Indian journal of veterinary science and animal husbandry - Volume 4,
Year: 1934
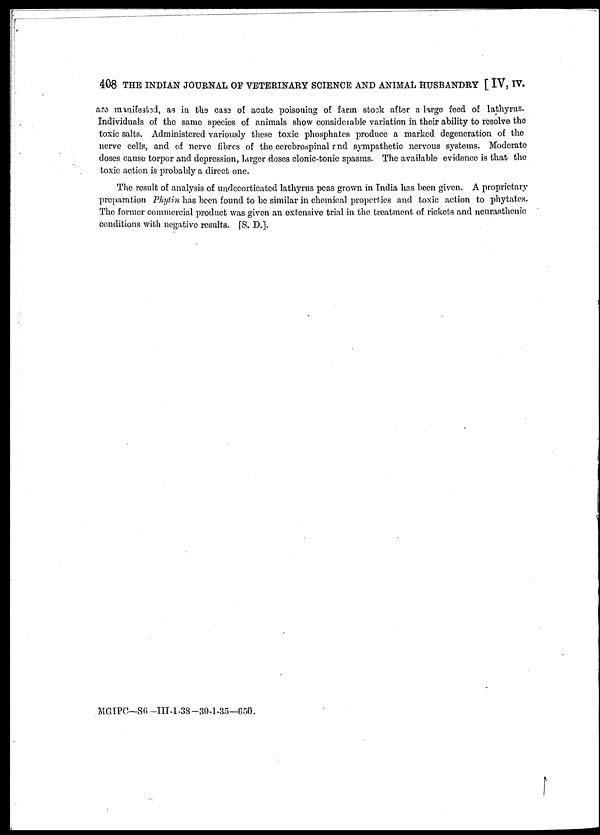
408 THE INDIAN JOURNAL OF VETERINARY SCIENCE AND ANIMAL HUSBANDRY [ IV, IV.
are manifested, as in the case of acute poisoning of farm stock after a large reed of lathyrus.
Individuals of the same species of animals show considerable variation in their ability to resolve the
toxic salts. Administered variously these toxic phosphates produce a marked degeneration of the
nerve cells, and of nerve fibres of the cerebrospinal and sympathetic nervous systems. Moderate
doses cause torpor and depression, larger doses clonic-tonic spasms. The available evidence is that the
toxic action is probably a direct one.
The result of analysis of undecorticated lathyrus peas grown in India has been given. A proprietary
preparation Phytin has been found to be similar in chemical properties and toxic action to phytates.
The former commercial product was given an extensive trial in the treatment of rickets and neurasthenic
conditions with negative results. [S. D.].
MGIPC—S6 -III-1-38-30-1-35—650.